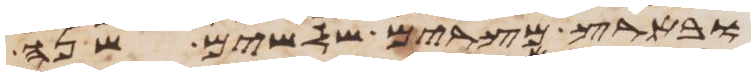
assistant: ובארץ מצרים שלשים שנה